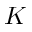
K